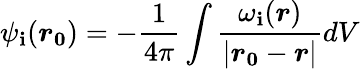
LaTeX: \psi_{\mathbf{i}}(\boldsymbol{r_{0}})=-\frac{{1}}{{4\pi}}\int\frac{{\omega_{\mathbf{i}}(\boldsymbol{r})}}{{|\boldsymbol{r_{0}}-\boldsymbol{r}|}}dV